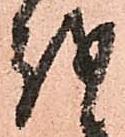
越